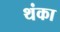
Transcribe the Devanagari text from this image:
थंका